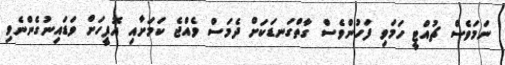
ނަމަވެސް ޗުއްޓީ ހަމަވި ފަހުންވެސް ގާތްގަނޑަކަށް ދެމަސް ވެއްޖެ ކަމަށާއި އޮފީހަށް ވަޑައިނުގެންނެވި